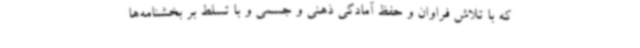
که با تلاش فراوان و حفظ آمادگی ذهنی و جسمی و با تسلط بر بخشنامه‌ها